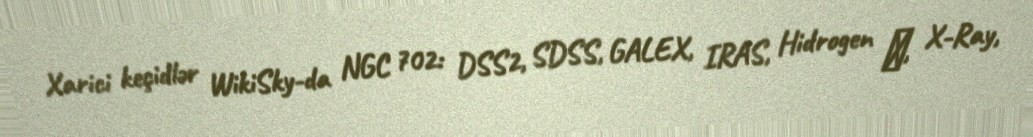
Xarici keçidlər WikiSky-da NGC 702: DSS2, SDSS, GALEX, IRAS, Hidrogen α, X-Ray,